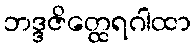
ဘဒ္ဒဇိတ္ထေရဂါထာ